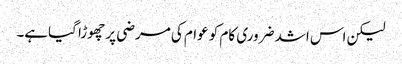
لیکن اس اشد ضروری کام کو عوام کی مرضی پر چھوڑا گیاہے۔